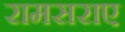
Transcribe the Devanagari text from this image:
रामसराए